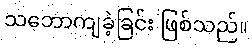
သဘောကျခဲ့ခြင်း ဖြစ်သည်။